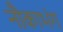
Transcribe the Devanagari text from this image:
नौकाभंग